system: You are a helpful assistant.
user:
Analyze the provided spectrum to determine if it is a **M-type Giant (gM)**.

A M-type Giant spectrum is defined by its **strong molecular absorption** features, particularly from **Titanium Oxide (TiO)**. You must check for one of the following mutually exclusive signatures:

- **Key Visual Indicators (Absorption-Dominated Spectrum):**

    - **(Primary):** The spectrum is dominated by strong molecular absorption from **Titanium Oxide (TiO)**. This is the **defining feature** of its M-type temperature class.
        - **(Key Bandheads):** Look for sharp, "saw-tooth" absorption valleys. The strongest are located near **~7050 Å**, **~6160 Å**, and **~5170 Å**.
        - **(Line Profile):** The "saw-tooth" morphology is critical: a **sharp, steep drop on the BLUE (short-wavelength) side** of the bandhead, followed by a gradual recovery (rising flux) towards the RED (long-wavelength) side.

    - **(Key Confirmation - Giant vs. Dwarf):** **ABSENCE** of strong **Calcium Hydride (CaH)** molecular bands. This is the primary diagnostic for *excluding* M-dwarfs.
        - **(Key Region):** The spectrum should lack the strong, broad absorption band seen in dwarfs between **~6800 Å and ~7000 Å**.

    - **(Secondary Confirmation - Giant):** A very strong and broad **Neutral Calcium (Ca I)** atomic absorption line.
        - **(Key Line):** Located at **~4226 Å**. In a giant (gM), this line is significantly deeper and broader than the same line in an M-dwarf (dM) due to low surface gravity.

    - **(Overall Spectrum):**
        - The continuum is **extremely red-sloping** (i.e., flux is very low in the blue and rises dramatically towards the red).
        - The entire spectrum appears "chopped up" by the deep TiO bands.

Think first, call **spectral_visualization_tool** if needed to examine features in detail, then provide your final answer. Your response must adhere to the following strict rules:
1.  **Overall Structure:** Your response must follow the format `<think>...</think> <tool_call>...</tool_call> (if a tool is used) <answer>...</answer>`.
2.  **Tool Usage Constraint:** You may only make **one** tool call per turn.
3.  **Final Answer Format:** In the `<answer>` tag, your conclusion must be inside a `\boxed{}` command (e.g., `\boxed{YES}` or `\boxed{NO}`), followed by your justification.

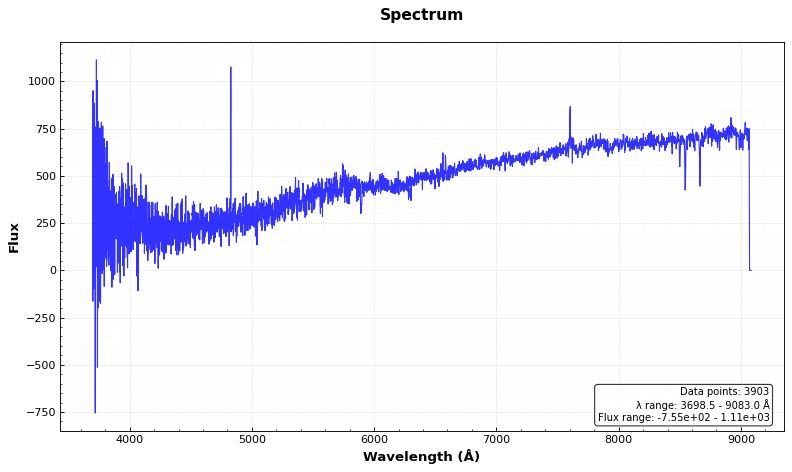
Answer: NO